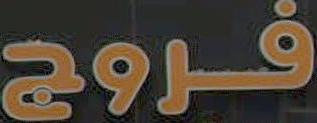
فروج